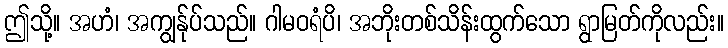
ဤသို့။ အဟံ၊ အကျွန်ုပ်သည်။ ဂါမဝရံပိ၊ အဘိုးတစ်သိန်းထွက်သော ရွာမြတ်ကိုလည်း။